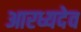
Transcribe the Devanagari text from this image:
आरध्यदेव